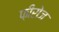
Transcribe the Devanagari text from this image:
फ़ीरोज